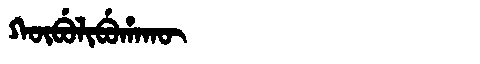
Manchu: ᡴᡡᠪᡠᠯᡳᠪᡠᡥᠠᡴᡡ
Romanization: KŪBULIBUHAKŪ